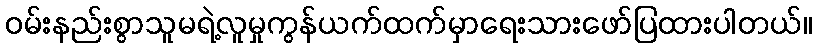
ဝမ်းနည်းစွာသူမရဲ့လူမှုကွန်ယက်ထက်မှာရေးသားဖော်ပြထားပါတယ်။